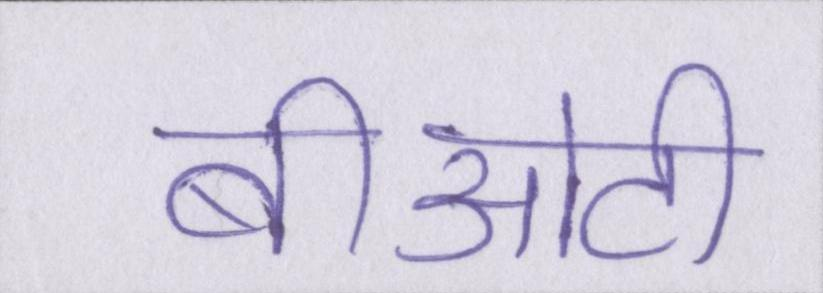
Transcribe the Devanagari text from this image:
बीओटी